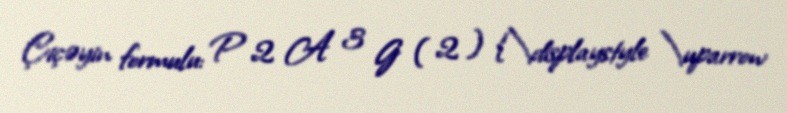
Çiçəyin formulu: P 2 A 3 G ( 2 ) {\displaystyle \uparrow